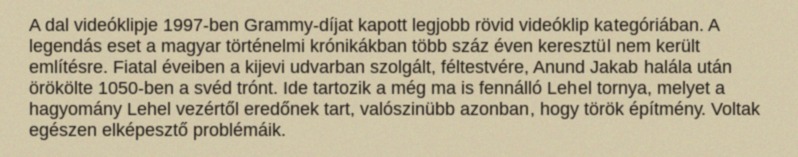
A dal videóklipje 1997-ben Grammy-díjat kapott legjobb rövid videóklip kategóriában. A legendás eset a magyar történelmi krónikákban több száz éven keresztül nem került említésre. Fiatal éveiben a kijevi udvarban szolgált, féltestvére, Anund Jakab halála után örökölte 1050-ben a svéd trónt. Ide tartozik a még ma is fennálló Lehel tornya, melyet a hagyomány Lehel vezértől eredőnek tart, valószinübb azonban, hogy török építmény. Voltak egészen elképesztő problémáik.